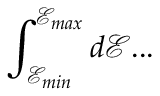
\int _ { \mathcal { E } _ { m i n } } ^ { \mathcal { E } _ { m a x } } d \mathcal { E } . . .